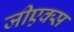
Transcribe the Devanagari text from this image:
जीएक्स